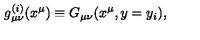
g _ { \mu \nu } ^ { ( i ) } ( x ^ { \mu } ) \equiv G _ { \mu \nu } ( x ^ { \mu } , y = y _ { i } ) , \,